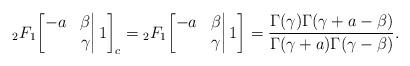
LaTeX: \begin{align*}{}_2F_1\bigg[\begin{matrix}-a&\beta\\&\gamma\end{matrix}\bigg|\,1\bigg]_{c}={}_2F_1\bigg[\begin{matrix}-a&\beta\\&\gamma\end{matrix}\bigg|\,1\bigg]=\frac{\Gamma(\gamma)\Gamma(\gamma+a-\beta)}{\Gamma(\gamma+a)\Gamma(\gamma-\beta)}.\end{align*}